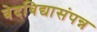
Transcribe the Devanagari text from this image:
वेदविद्यासंपन्न